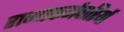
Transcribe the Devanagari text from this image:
राज्यकर्मचारियों